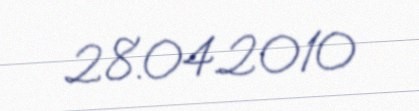
28.04.2010